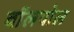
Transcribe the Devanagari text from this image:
वॉलपोल